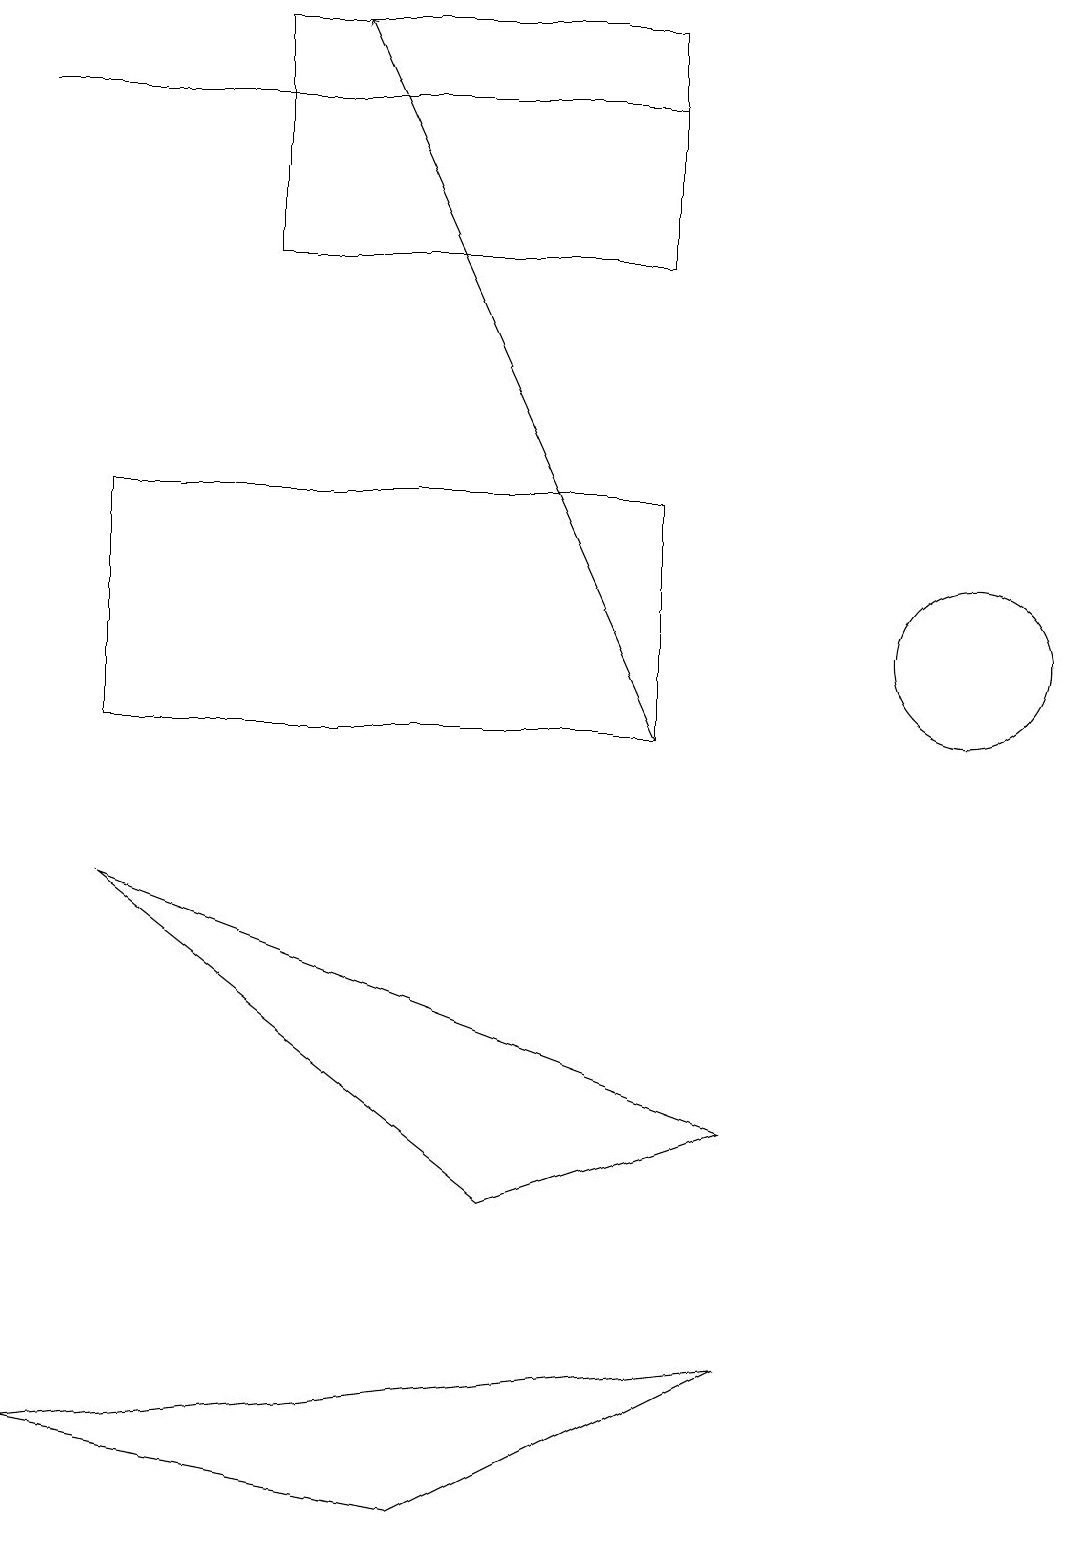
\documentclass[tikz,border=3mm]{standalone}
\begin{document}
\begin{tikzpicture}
\draw (5,0) -- (9,2) -- (0,1) -- cycle;
\draw[->] (8,10) -- (4,19);
\draw (6,4) -- (9,5) -- (1,8) -- cycle;
\draw (8,18) rectangle (0,18);
\draw (8,19) rectangle (3,16);
\draw (12,11) circle (1);
\draw (1,13) rectangle (8,10);
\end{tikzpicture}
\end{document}